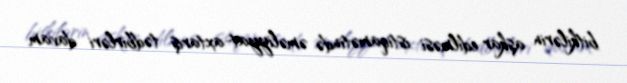
bitkilərin aşkar edilməsi istiqamətində əməliyyat-axtarış tədbirləri davam